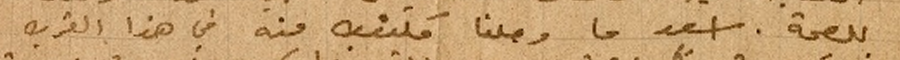
للصحة. اسعد ما وصلنا مكتوب منه في هذا القرب